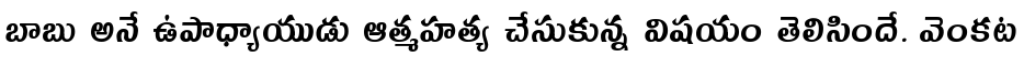
బాబు అనే ఉపాధ్యాయుడు ఆత్మహత్య చేసుకున్న విషయం తెలిసిందే. వెంకట